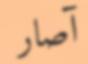
آصار